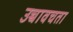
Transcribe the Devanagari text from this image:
उच्चावचता